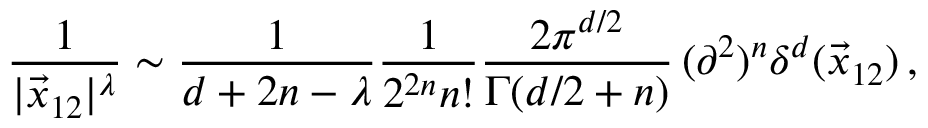
\frac { 1 } { | \vec { x } _ { 1 2 } | ^ { \lambda } } \sim \frac { 1 } { d + 2 n - \lambda } \frac { 1 } { 2 ^ { 2 n } n ! } \frac { 2 \pi ^ { d / 2 } } { \Gamma ( d / 2 + n ) } \, ( \partial ^ { 2 } ) ^ { n } \delta ^ { d } ( \vec { x } _ { 1 2 } ) \, ,